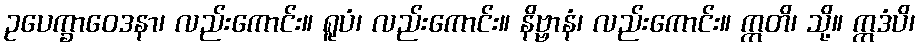
ဥပေက္ခာဝေဒနာ၊ လည်းကောင်း။ ရူပံ၊ လည်းကောင်း။ နိဗ္ဗာနံ၊ လည်းကောင်း။ ဣတိ၊ သို့။ ဣဒံပိ၊